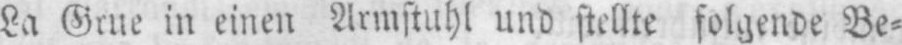
La Grue in einen Armstuhl und stellte folgende Be⸗